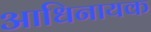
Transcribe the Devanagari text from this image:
आधिनायक